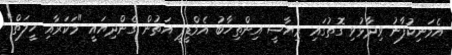
އެމަނިކުފާނު ވިދާޅުވި ގޮތުގައި ރިޔާސީ އިންތިހާބު އެމްޑީޕީ އަތުން ގެންދިޔައީ "މަކަރާއި ހީލަތް"